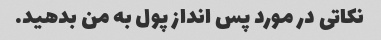
نکاتی در مورد پس انداز پول به من بدهید.